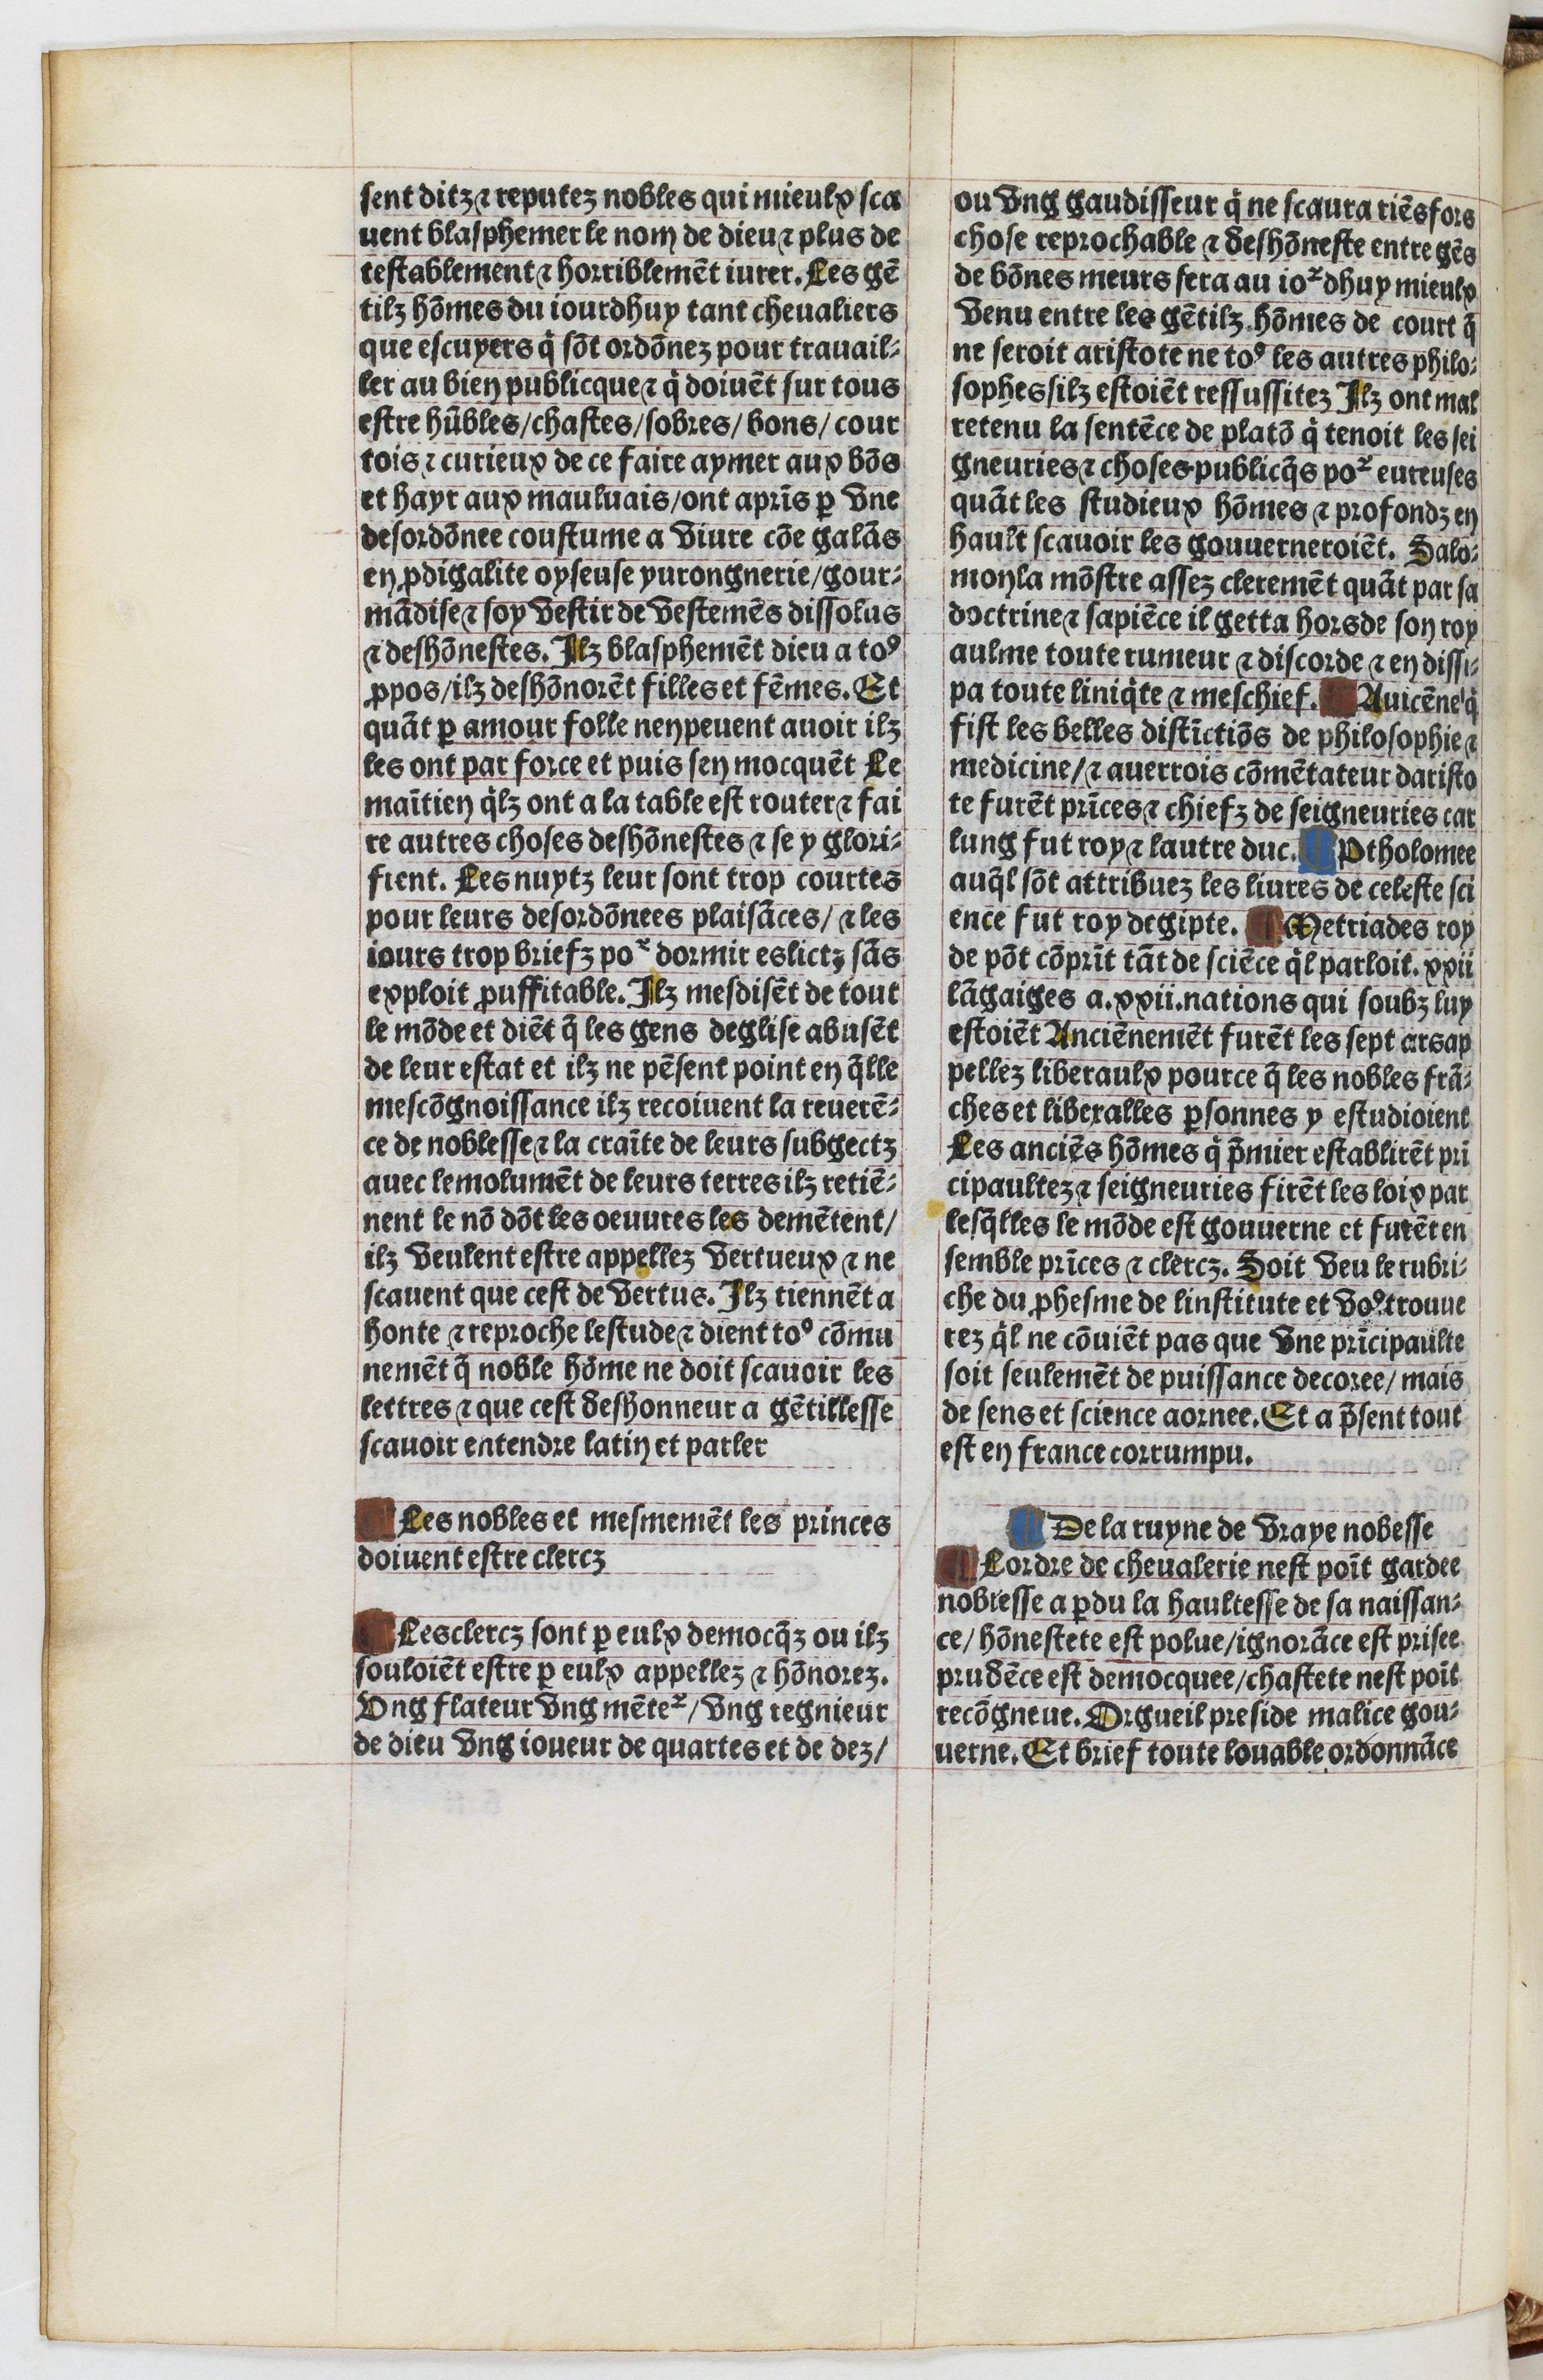
Shelfmark: Paris, BnF, Velins 1103
Century: 16